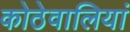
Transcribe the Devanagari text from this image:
कोठेवालियां